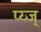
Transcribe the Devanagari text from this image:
प्य्ज्